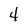
Character: 4